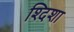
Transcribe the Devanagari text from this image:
श्दिशा